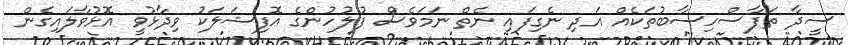
ސީދާ ތަފާސްހިސާބުތަކެއް އަދި ނެގިފައި ނެތް ނަމަވެސް ފުލުހުންގެ އޮފިޝަލަކު ވިދާޅުވީ އޮޅުވާލައިގެން